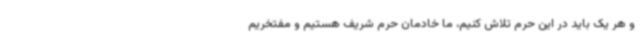
و هر یک باید در این حرم تلاش کنیم، ما خادمان حرم شریف هستیم و مفتخریم